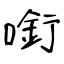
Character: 㘅